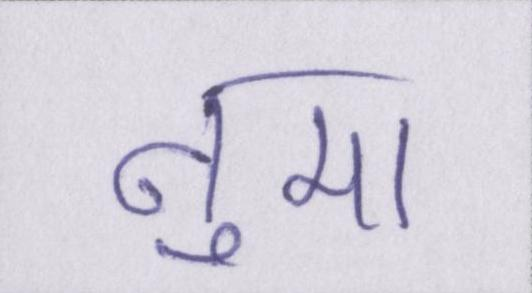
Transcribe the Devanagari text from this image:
नुमा